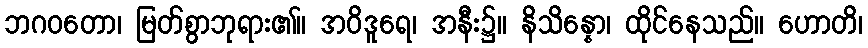
ဘဂဝတော၊ မြတ်စွာဘုရား၏။ အဝိဒူရေ၊ အနီး၌။ နိသိန္နော၊ ထိုင်နေသည်။ ဟောတိ၊